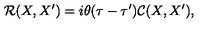
{ \mathcal R } ( X , X ^ { \prime } ) = i \theta ( \tau - \tau ^ { \prime } ) { \mathcal C } ( X , X ^ { \prime } ) ,